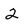
Character: 2